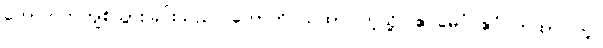
ကောက်တကျစ်သွားခြင်းသည်။ ဟောတိ ယထာ၊ ကဲ့သို့။ ဧဝမေဝံ ဧဝံ တထာ၊ တူ။